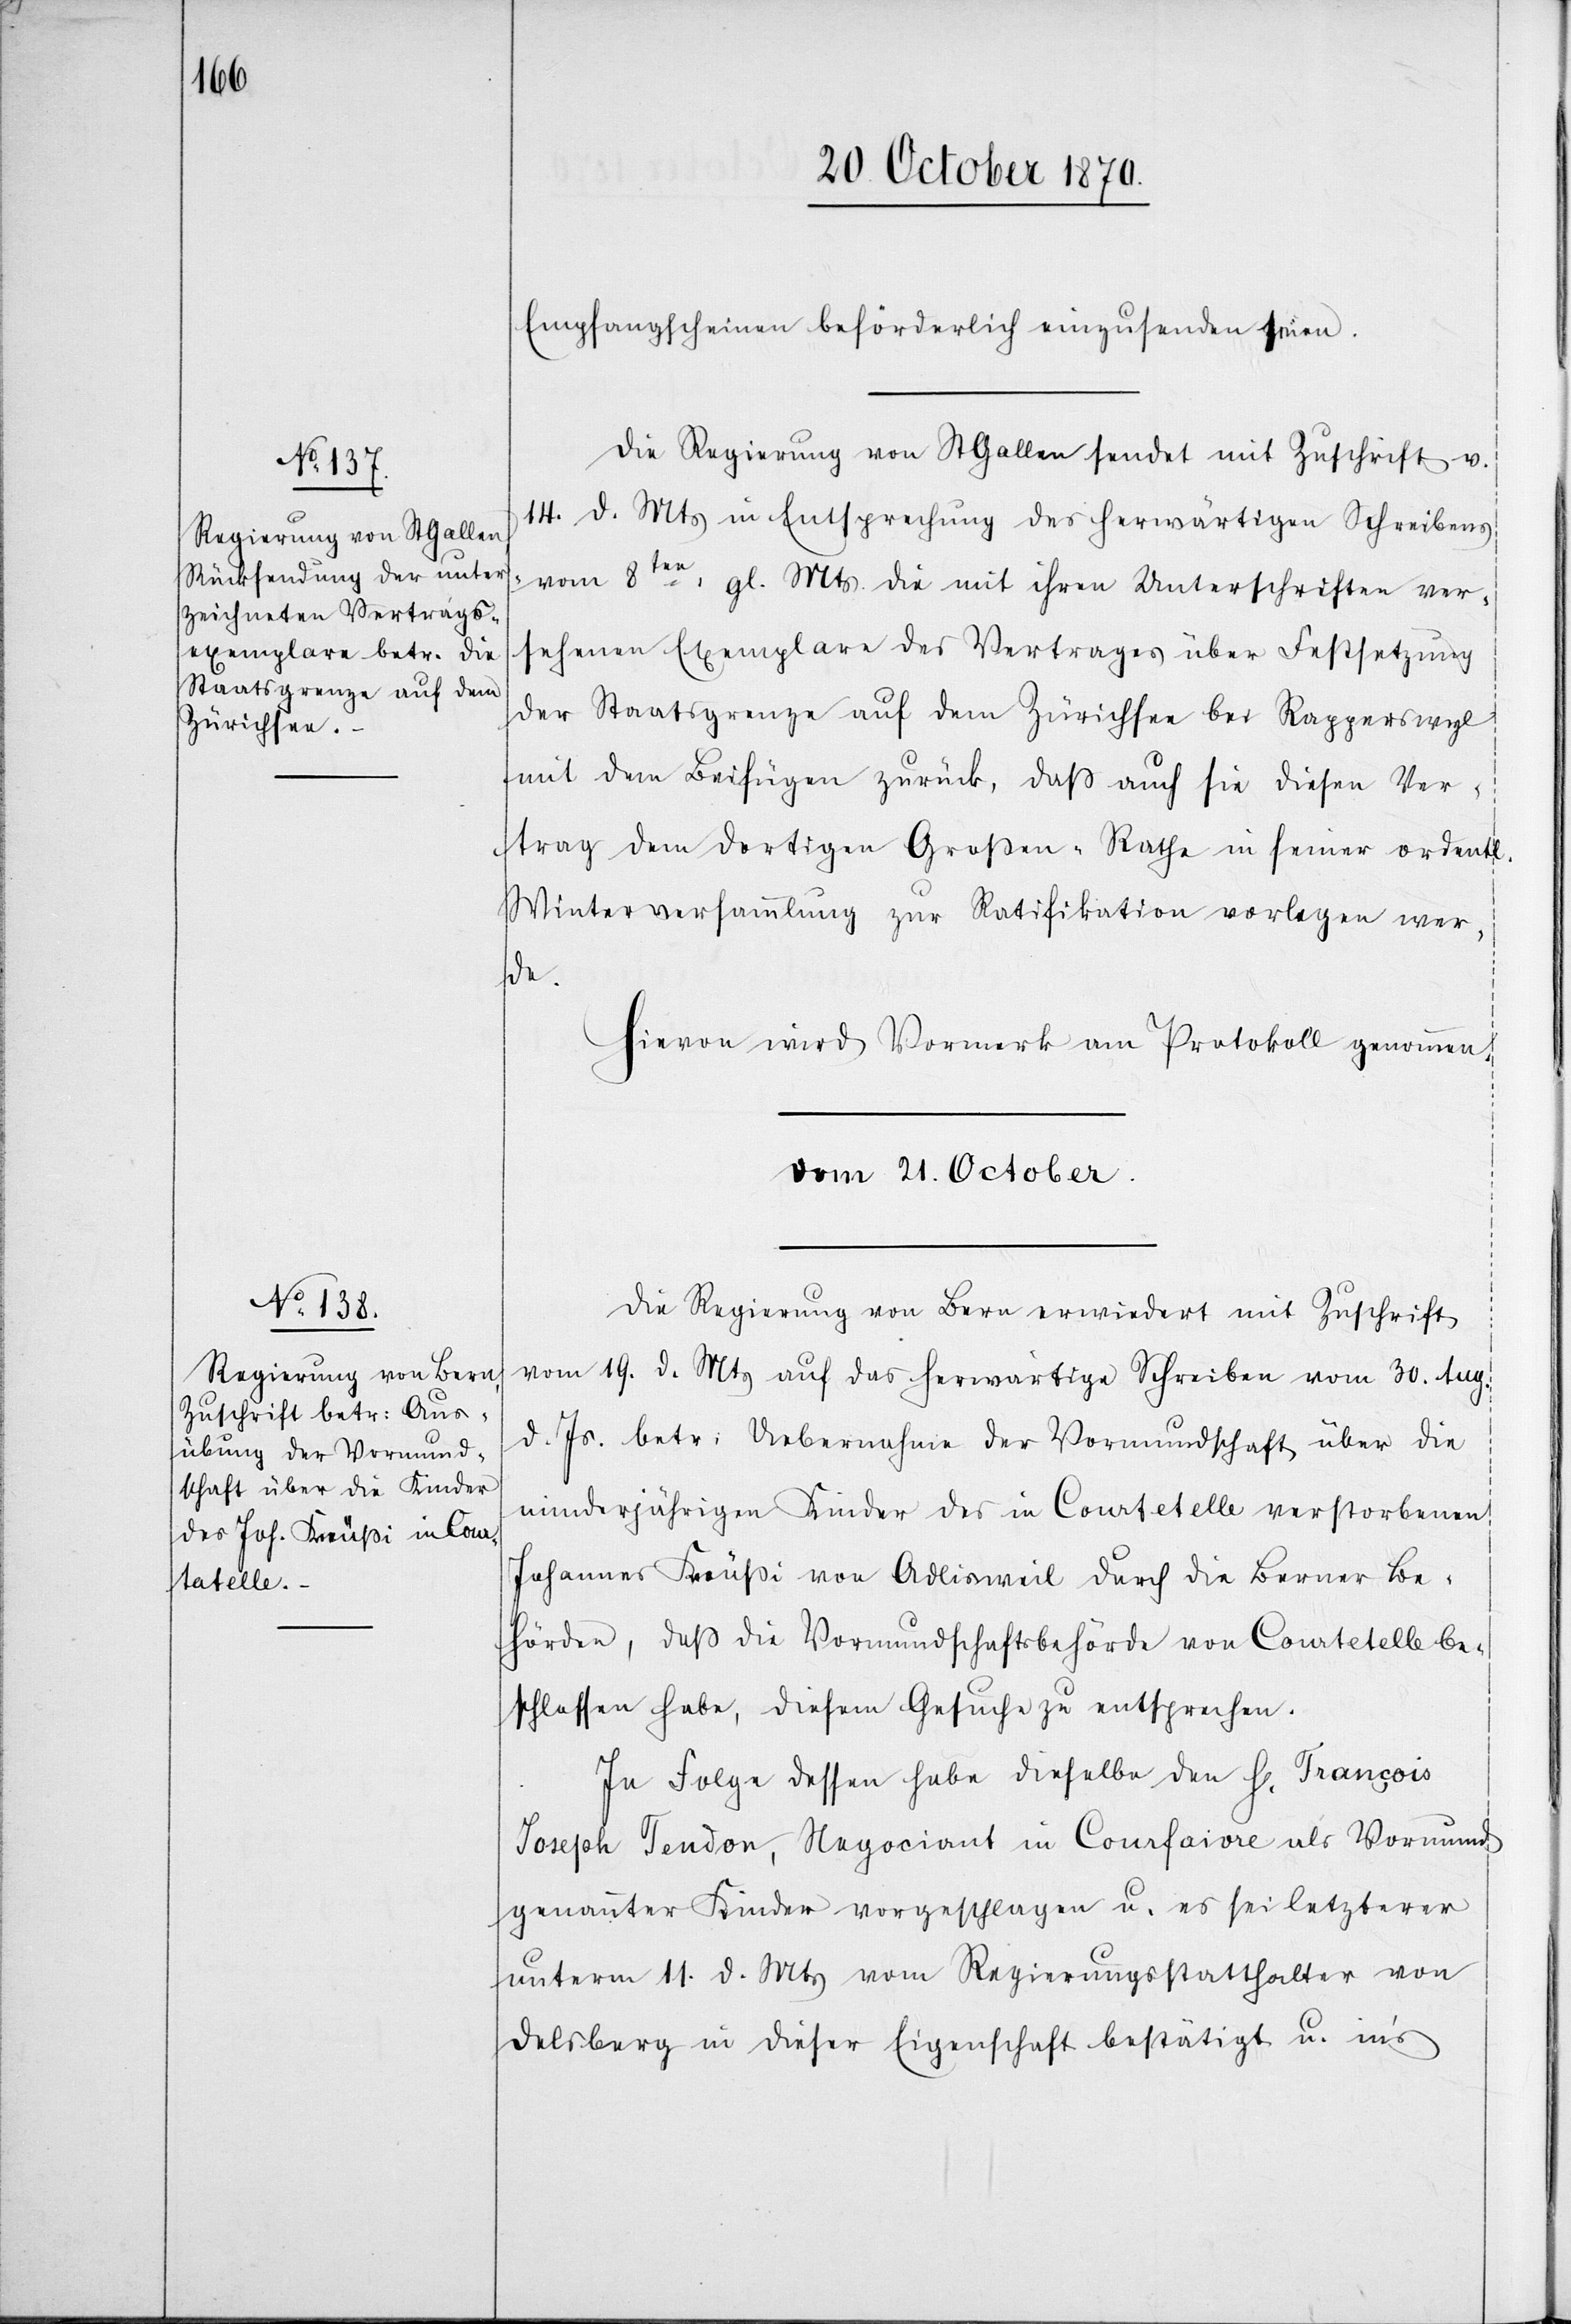
Empfangscheinen beförderlich einzusenden seien.
Die Regierung von St. Gallen sendet mit Zuschrift v.
14. d. Mts. in Entsprechung des herwärtigen Schreibens
vom 8ten: gl. Mts. die mit ihren Unterschriften ver¬
sehenen Exemplare des Vertrages über Festsetzung
der Staatsgrenze auf dem Zürichsee bei Rapperswyl
mit dem Beifügen zurück, daß auch sie diesen Ver¬
trag dem dortigen Großen-Rath in seiner ordentl¬
Winterversammlung zur Ratifikation vorlegen wer¬
de.
Hievon wird Vormerk am Protokoll genommen.
Vom 21. October
Die Regierung von Bern erwiedert mit Zuschrift
vom 19. d. Mts. auf das herwärtige Schreiben vom 30. Aug.
d. Js. betr: Uebernahme der Vormundschaft über die
minderjährigen Kinder des in Coatetelle verstorbenen
Johannes Knüßi von Adlisweil durch die Berner Be¬
hörden, daß die Vormundschaftsbehörde von Coatetelle be¬
schlossen habe, diesem Gesuche zu entsprechen.
In Folge dessen habe dieselbe den H[errn] François
Joseph Tendon, Negociant in Courfaivre als Vormund
genannter Kinder vorgeschlagen u. es sei letzterer
unterm 11. d. Mts. vom Regierungsstatthalter von
Delsberg in dieser Eigenschaft bestätigt u. in’s